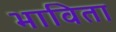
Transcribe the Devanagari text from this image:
भाविता